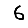
Digit: 6